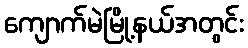
ကျောက်မဲမြို့နယ်အတွင်း